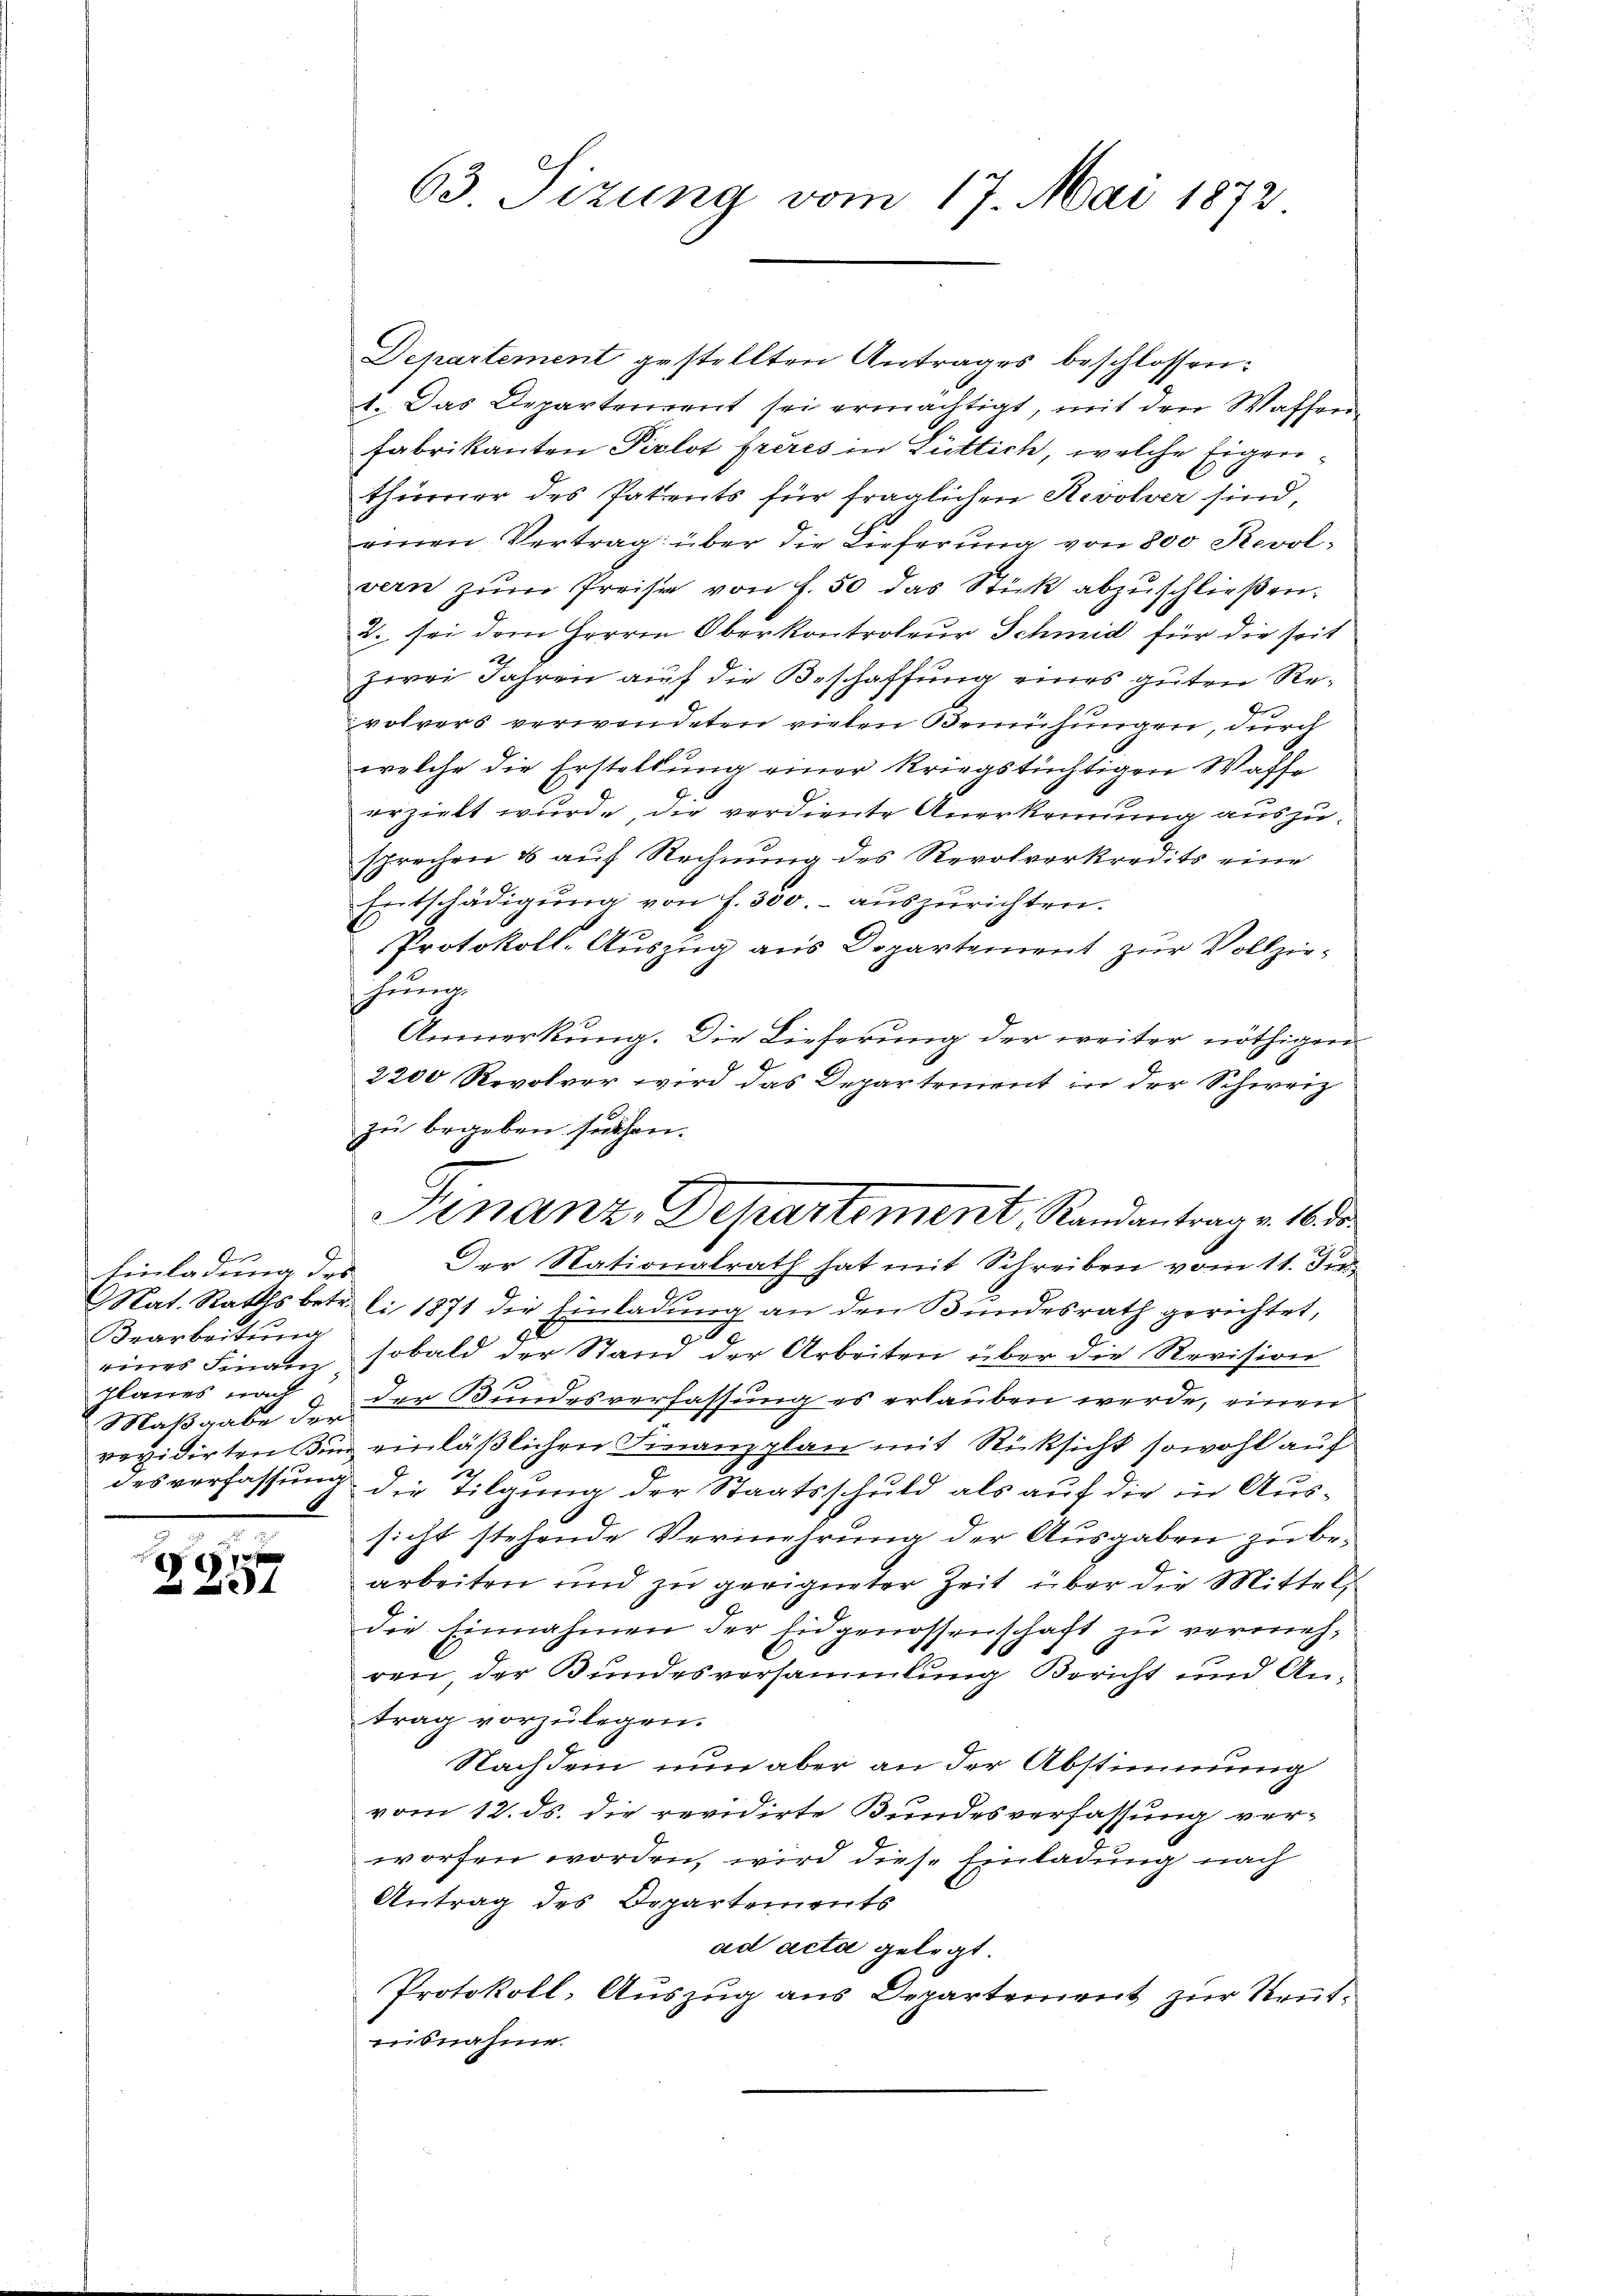
Ar
Einladung des
Brarbeitung
eines Finanz
Planes nach
Maßgabe der
revidirten Bun

.
687 x

63 Sizung vom 17. Mai 1872

Departement gestellten Antrages beschlossen:
1. Das Departenrent sei ermächtigt, mit den Waffen
Fabrikanten Pirlot frères in Lüttich, welche Eigenthürrer des Patents für fraglichen Revolver sind,
einen Vertrag über die Lieferung von 800 Revolvern zŭm Preise von f. 50 das Stick abzuschließen.
2. sei dem Herrn Oberkontroleur Schmid für die seit
2
zwei Jahren auf die Beschaffung eines guten Revolvers verwendeten vielen Bemühungen, durch
welche die Erstellung einer kriegstüchtigen Waffe
erzielt wurde, die verdiente Anerkennung auszusprechen & auf Rechnung des Revolverkredits eine
Entschädigŭng von f. 300.- auszurichten.
Protokoll-Auszug aus Departement zur Vollziehung.
Anmerkung. Die Lieferung der weiter nöthigen
2200 Revolver wird das Departement in der Schweiz
zu begeben suchen.
Finanz, Departement. Randantrag v. 160 de
Der Nationalrath hat mit Schreiben vom 11. Fi
Nat. Raths betr. li 1871 die Einladung an den Bundesrath gerichtet,
sobald der Stand der Arbeiten über die Revision
der Bundesverfassung es erlauben werde, einen
einläßlichen Finanzplan mit Rücksicht sowohl auf
desverfassung die Tilgung der Staatsschuld als auf die in Aussicht stehende Vermehrung der Ausgaben zu bearbeiten und zu geeigneter Zeit über die Mittel,
die Einnahmen der Eidgenossenschaft zu vermehren, der Bundesversammlung Bericht und Antrag vorzulegen.
Nachdem nun aber an der Abstimmung
vom 12. ds. die revidirte Bundesverfassung verworfen worden, wird diese Einladung nach
Antrag des Departements
ad acta gelegt
Protokoll- Auszug aus Departement zur Reutnisnahme.